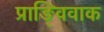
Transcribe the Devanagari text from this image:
प्राङ्विवाक